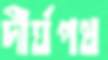
দীর্ঘপথ